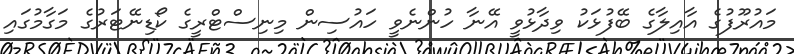
މައުރޫފުގެ އާއިލާގެ ބޭފުޅަކު ވިދާޅުވީ އޭނާ ހުންނެވީ ހައުސިން މިނިސްޓްރީގެ ކޯޑިނޭޓަރުގެ މަގާމުގައި